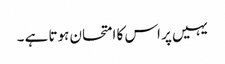
یہیں پر اس کا امتحان ہوتا ہے ۔